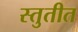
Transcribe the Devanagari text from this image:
स्तुतीत